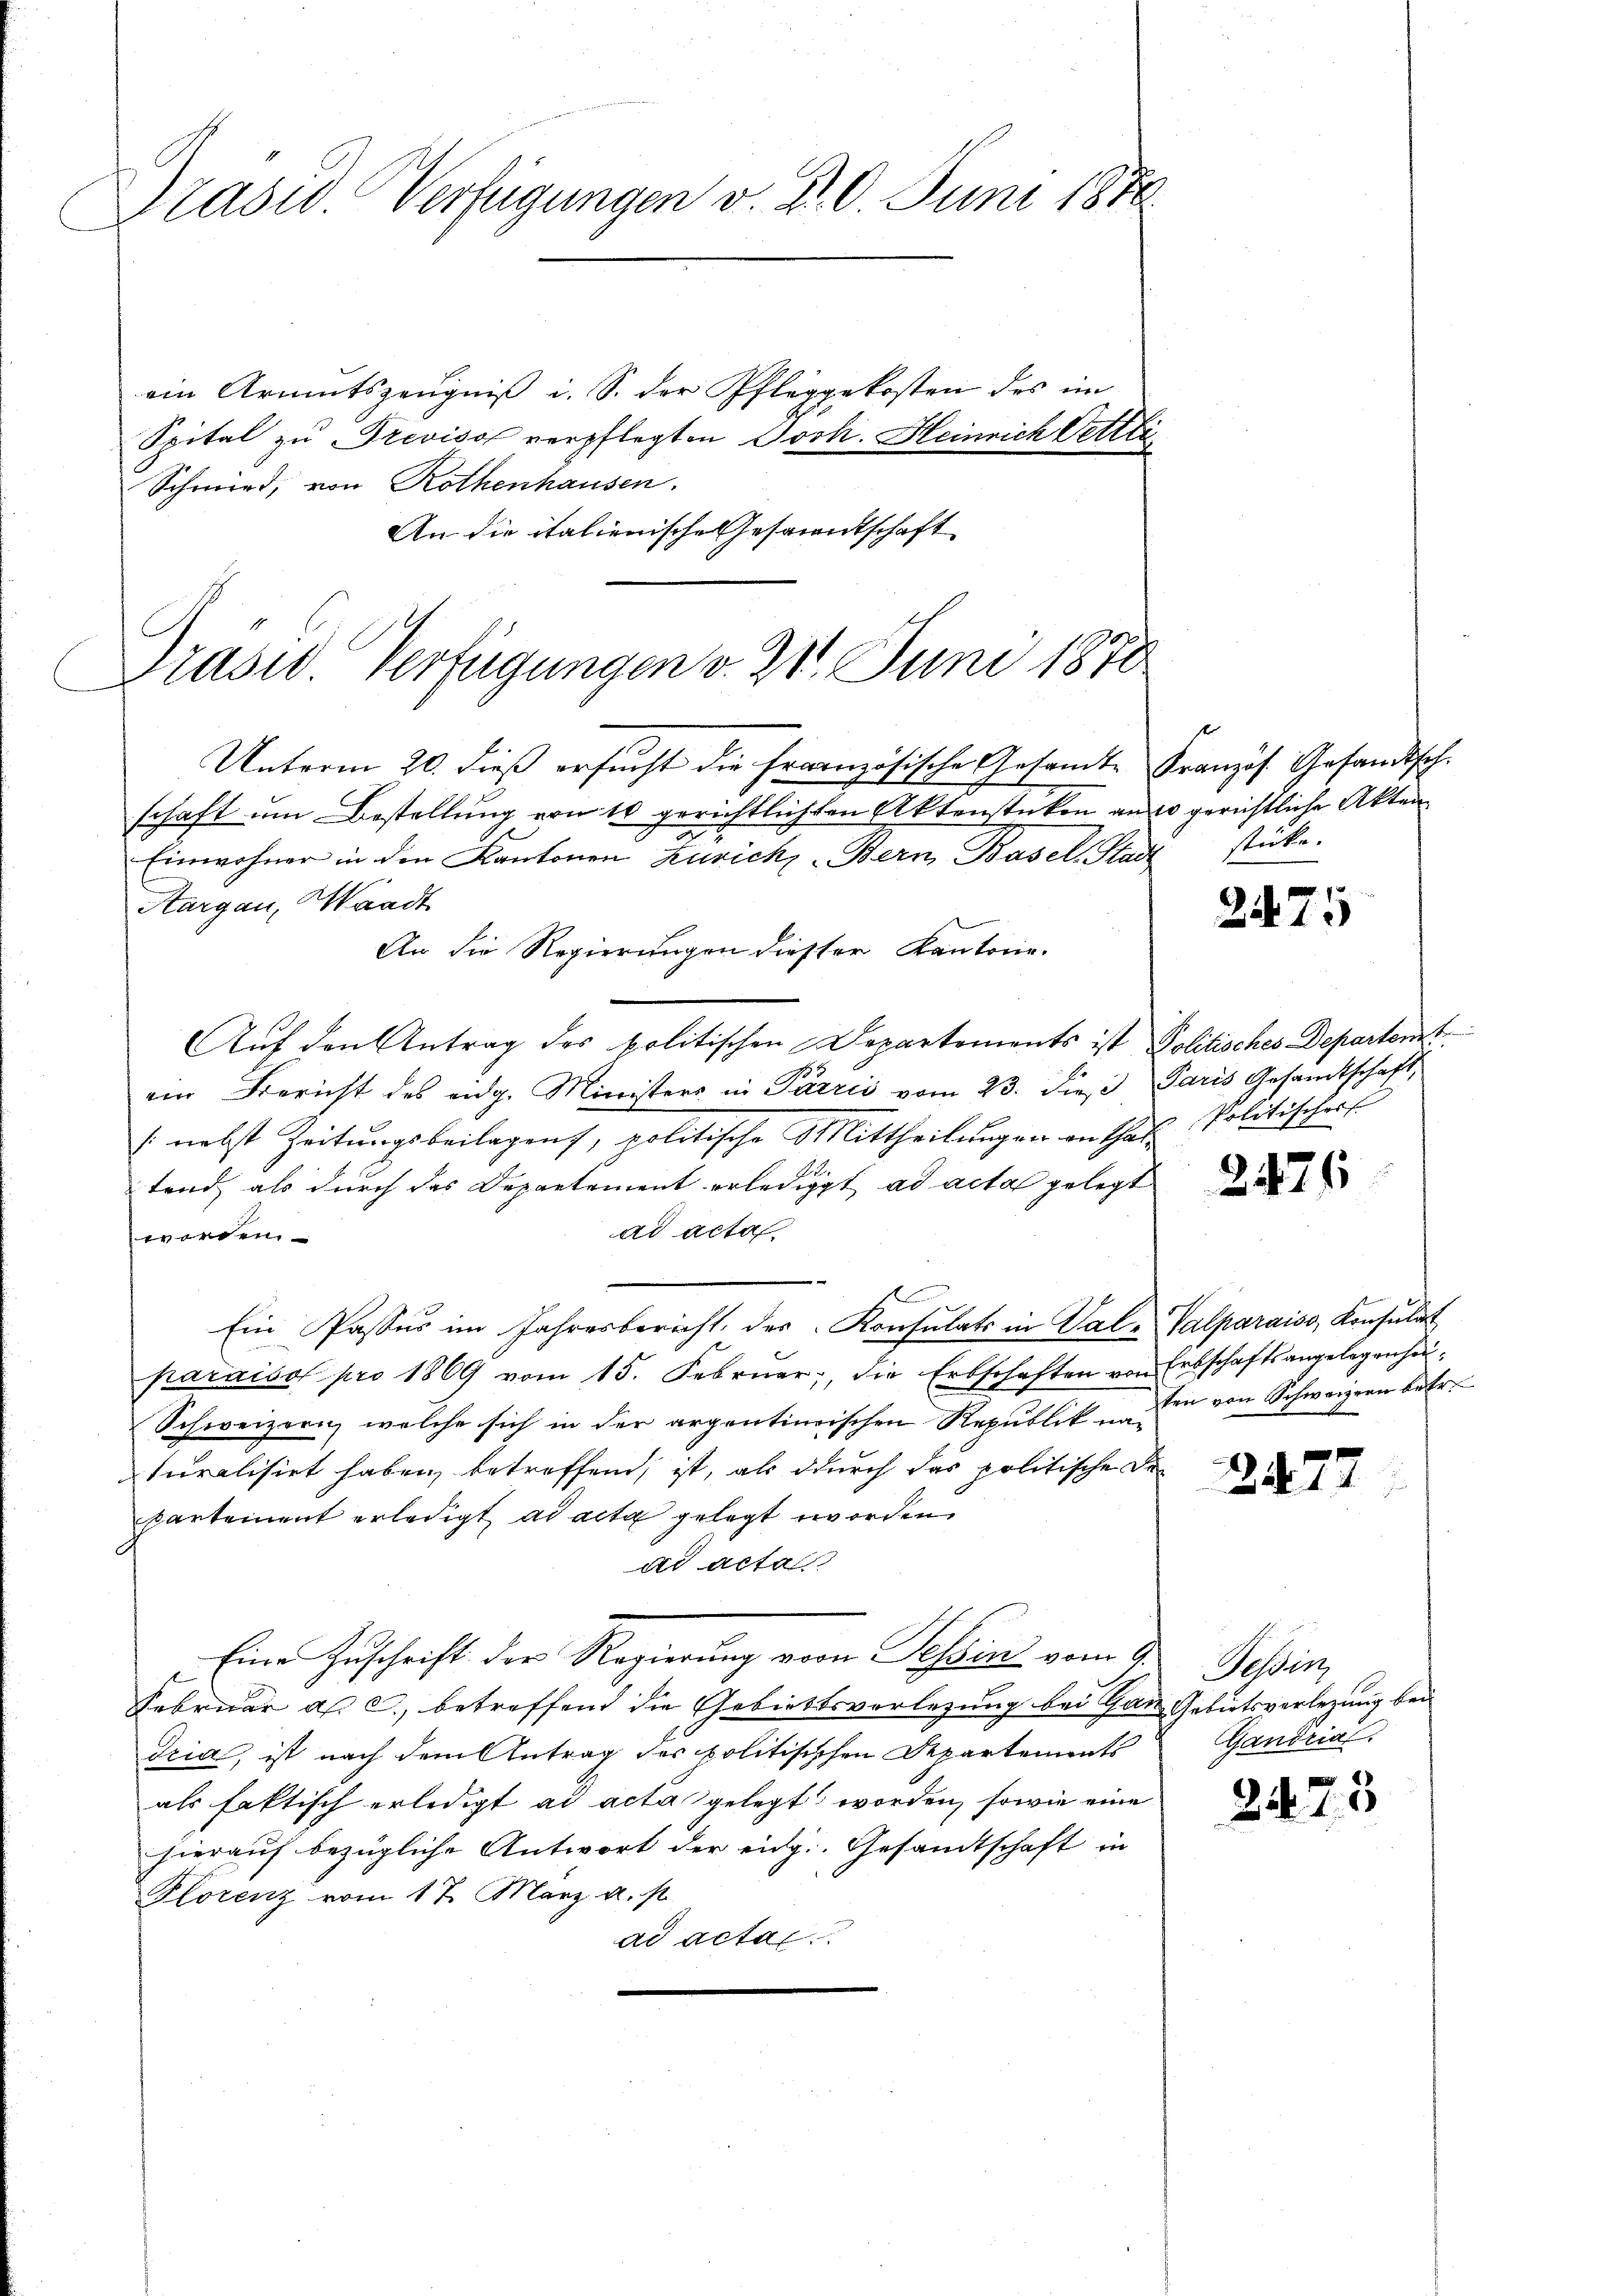
Präsid. Verfügungen v. Pr. 6. Juni 1870
ein Armutszeugniß i. S. der Pfleggekosten des im
Spital zu Previso verpflegten Josk. Heinrich Oettli
Schmied, von Rothenhausen.

An die italienische Gesamentschaft

Präsid. Verfügungen v. 21. Juni 1870

Unterm 20. dieß ersucht die Französische Gesamte Französ. Gesandtsch.
schaft um Bestellung von 10 gerichtlichten Aktenstücken an so gerichtliche Akten
Einwohner in den Kantonen Zürich, Bern Basel, Stadt stücke.
Aargau, Waadt
An die Regierungen dieser Kantone.
Auf den Antrag des politischen Departements ist Politisches-Departenst
ein Bericht des eidg. Ministers in Parrić vom 23. dieß Paris Gesandtschaft,
[ nebst Zeitungsbeilagens, politische Mittheilungen enthalt Politischer
tend, als durch das Departement erledigt ad acta gelegt
ad acta.
worden.
e
f
Ein Passus im Jahresbericht, des Konsulats in Val-Valparais, Konsulat
paraiso pro 1869 vom 15. Februar, die Erbschaften von Erbschaftsangelegenhei¬
Schweizern, welche sich in der argentinischen Republik u. Die von Schweizern betr.
turalisirt haben, betreffend, ist, als durch das politische Departement erledigt ad acta gelegt worden.
ad acta
Eine Zuschrift der Regierung vom Tessin vom 9.
Februar a. c., betreffend die Gebietsverlegung bei Ganz Gebutsverlegung bei
Dria, ist nach dem Antrag des politisischen Departements
als faktisch erledigt ad acta gelegt worden, sowie eine
hierauf bezügliche Antwort der eidg. Gesandtschaft in
Plorenz vom 17. März u. st
ad acta.

2475

24

s

2477

Tassen,
Gandrial.

2473